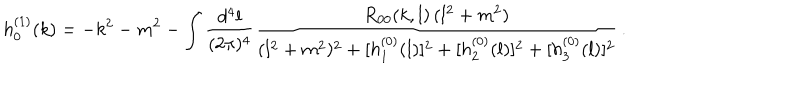
h _ { 0 } ^ { ( 1 ) } ( k ) = - k ^ { 2 } - m ^ { 2 } - \int { \frac { d ^ { 4 } l } { ( 2 \pi ) ^ { 4 } } } { \frac { R _ { 0 0 } ( k , l ) \, ( l ^ { 2 } + m ^ { 2 } ) } { ( l ^ { 2 } + m ^ { 2 } ) ^ { 2 } + [ h _ { 1 } ^ { ( 0 ) } ( l ) ] ^ { 2 } + [ h _ { 2 } ^ { ( 0 ) } ( l ) ] ^ { 2 } + [ h _ { 3 } ^ { ( 0 ) } ( l ) ] ^ { 2 } } } \, .